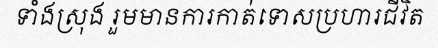
ទាំងស្រុង រួមមានការកាត់ទោសប្រហារជីវិត